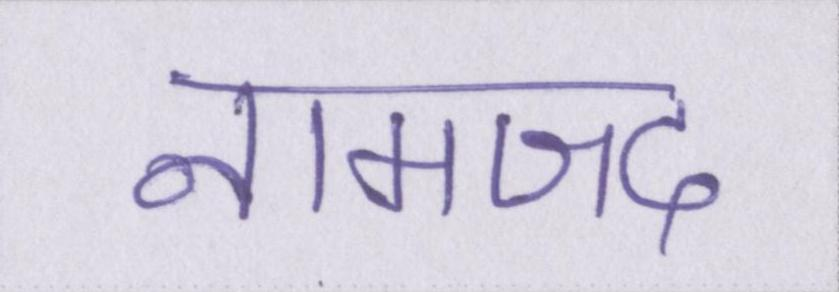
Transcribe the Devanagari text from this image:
नामजद